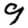
Digit: 9